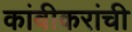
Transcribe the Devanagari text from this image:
कांबीकरांची